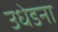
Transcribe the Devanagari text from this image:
उधेडना